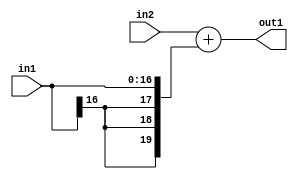
`timescale 1ps / 1ps
/*****************************************************************************
    Verilog RTL Description
    
    
    Created by: Stratus DpOpt 2019.1.01 
*******************************************************************************/

module SobelFilter_Add_19Ux17S_20S_4 (
	in2,
	in1,
	out1
	); /* architecture "behavioural" */ 
input [18:0] in2;
input [16:0] in1;
output [19:0] out1;
wire [19:0] asc001;

assign asc001 = 
	+(in2)
	+({{3{in1[16]}}, in1});

assign out1 = asc001;
endmodule

/* CADENCE  ubPwSAE= : u9/ySgnWtBlWxVPRXgAZ4Og= ** DO NOT EDIT THIS LINE ******/